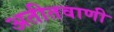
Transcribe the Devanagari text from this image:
अतीतवाणी